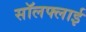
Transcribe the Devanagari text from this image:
सॉलफ्लाई